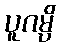
ပူဂမ္ပိ